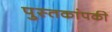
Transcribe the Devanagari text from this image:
पुस्तकांपकी